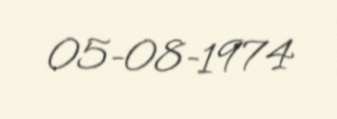
05-08-1974